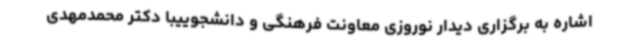
اشاره به برگزاری دیدار نوروزی معاونت فرهنگی و دانشجوییبا دکتر محمدمهدی